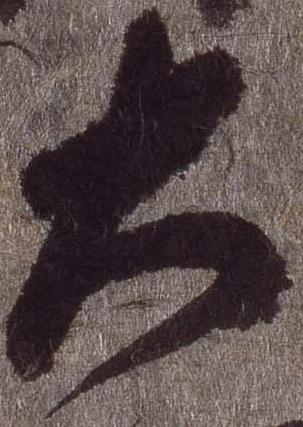
大